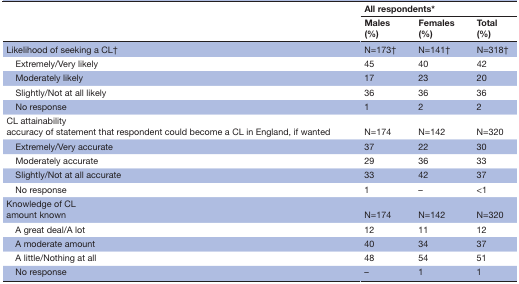
<table><thead><tr><td rowspan="2"></td><td colspan="3"><b>All respondents*</b></td></tr><tr><td><b>Males (%)</b></td><td><b>Females (%)</b></td><td><b>Total (%)</b></td></tr></thead><tbody><tr><td>Likelihood of seeking a CL†</td><td>N=173†</td><td>N=141†</td><td>N=318†</td></tr><tr><td> Extremely/Very likely</td><td>45</td><td>40</td><td>42</td></tr><tr><td> Moderately likely</td><td>17</td><td>23</td><td>20</td></tr><tr><td> Slightly/Not at all likely</td><td>36</td><td>36</td><td>36</td></tr><tr><td> No response</td><td>1</td><td>2</td><td>2</td></tr><tr><td>CL attainability accuracy of statement that respondent could become a CL in England, if wanted</td><td>N=174</td><td>N=142</td><td>N=320</td></tr><tr><td> Extremely/Very accurate</td><td>37</td><td>22</td><td>30</td></tr><tr><td> Moderately accurate</td><td>29</td><td>36</td><td>33</td></tr><tr><td> Slightly/Not at all accurate</td><td>33</td><td>42</td><td>37</td></tr><tr><td> No response</td><td>1</td><td>–</td><td>&lt;1</td></tr><tr><td>Knowledge of CL amount known</td><td>N=174</td><td>N=142</td><td>N=320</td></tr><tr><td> A great deal/A lot</td><td>12</td><td>11</td><td>12</td></tr><tr><td> A moderate amount</td><td>40</td><td>34</td><td>37</td></tr><tr><td> A little/Nothing at all</td><td>48</td><td>54</td><td>51</td></tr><tr><td> No response</td><td>–</td><td>1</td><td>1</td></tr></tbody></table>